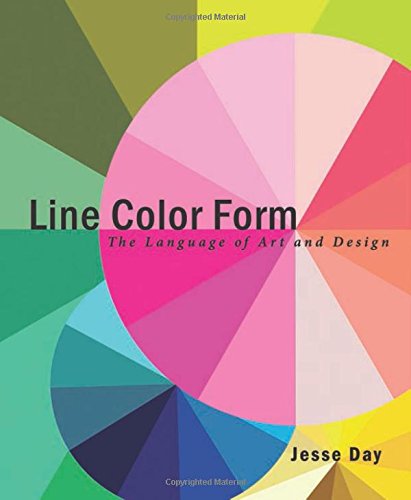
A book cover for Line Color Form: The Language of Art and Design; Jesse Day; Arts & Photography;